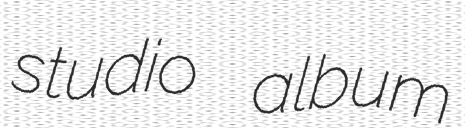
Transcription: studio album